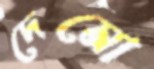
দেমো